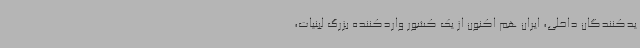
یدکنندگان داخلی، ایران هم اکنون از یک کشور واردکننده بزرگ لبنیات،